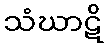
သံဃာဋိ